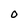
Character: O